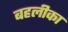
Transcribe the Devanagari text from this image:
बहलीका